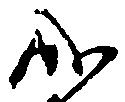
成